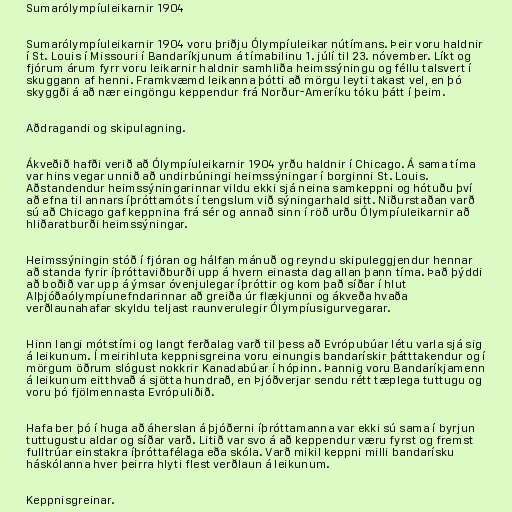
Sumarólympíuleikarnir 1904

Sumarólympíuleikarnir 1904 voru þriðju Ólympíuleikar nútímans. Þeir voru haldnir
í St. Louis í Missouri í Bandaríkjunum á tímabilinu 1. júlí til 23. nóvember. Líkt og
fjórum árum fyrr voru leikarnir haldnir samhliða heimssýningu og féllu talsvert í
skuggann af henni. Framkvæmd leikanna þótti að mörgu leyti takast vel, en þó
skyggði á að nær eingöngu keppendur frá Norður-Ameríku tóku þátt í þeim.

Aðdragandi og skipulagning.

Ákveðið hafði verið að Ólympíuleikarnir 1904 yrðu haldnir í Chicago. Á sama tíma
var hins vegar unnið að undirbúningi heimssýningar í borginni St. Louis.
Aðstandendur heimssýningarinnar vildu ekki sjá neina samkeppni og hótuðu því
að efna til annars íþróttamóts í tengslum við sýningarhald sitt. Niðurstaðan varð
sú að Chicago gaf keppnina frá sér og annað sinn í röð urðu Ólympíuleikarnir að
hliðaratburði heimssýningar.

Heimssýningin stóð í fjóran og hálfan mánuð og reyndu skipuleggjendur hennar
að standa fyrir íþróttaviðburði upp á hvern einasta dag allan þann tíma. Það þýddi
að boðið var upp á ýmsar óvenjulegar íþróttir og kom það síðar í hlut
Alþjóðaólympíunefndarinnar að greiða úr flækjunni og ákveða hvaða
verðlaunahafar skyldu teljast raunverulegir Ólympíusigurvegarar.

Hinn langi mótstími og langt ferðalag varð til þess að Evrópubúar létu varla sjá sig
á leikunum. Í meirihluta keppnisgreina voru einungis bandarískir þátttakendur og í
mörgum öðrum slógust nokkrir Kanadabúar í hópinn. Þannig voru Bandaríkjamenn
á leikunum eitthvað á sjötta hundrað, en Þjóðverjar sendu rétt tæplega tuttugu og
voru þó fjölmennasta Evrópuliðið.

Hafa ber þó í huga að áherslan á þjóðerni íþróttamanna var ekki sú sama í byrjun
tuttugustu aldar og síðar varð. Litið var svo á að keppendur væru fyrst og fremst
fulltrúar einstakra íþróttafélaga eða skóla. Varð mikil keppni milli bandarísku
háskólanna hver þeirra hlyti flest verðlaun á leikunum.

Keppnisgreinar.